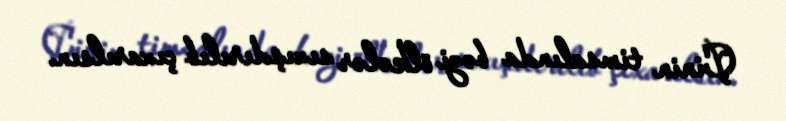
Çinin timsalında bəzi ölkələr sıxışdırılıb çıxarılsın.